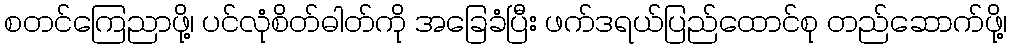
စတင်ကြေညာဖို့၊ ပင်လုံစိတ်ဓါတ်ကို အခြေခံပြီး ဖက်ဒရယ်ပြည်ထောင်စု တည်ဆောက်ဖို့၊